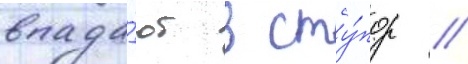
впада́ют в сту́пор //